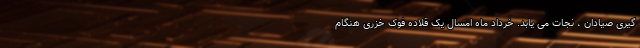
گیری صیادان ، نجات می یابد. خرداد ماه امسال یک قلاده فوک خزری هنگام